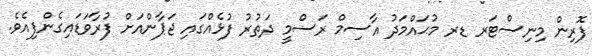
ފޮރިން މިނިސްޓަރ ޑރ މުޙައްމަދު އާސިމް ރަސްމީ ދަތުރު ފުޅެއްގައި ޖަޕާންއަށް ފުރާވަޑައިގެންފިއެވެ.